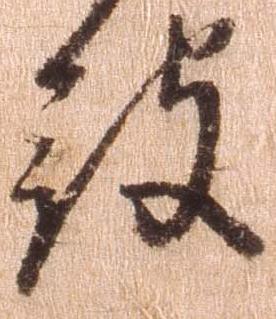
被